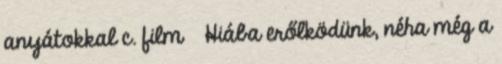
anyátokkal c. film ♥ Hiába erőlködünk, néha még a